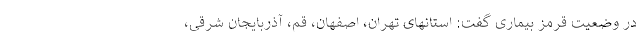
در وضعیت قرمز بیماری گفت: استانهای تهران، اصفهان، قم، آذربایجان شرقی،